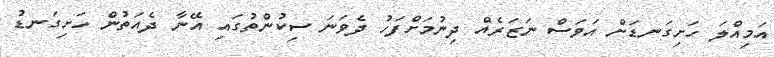
އަމިއްލަ ހަށިގަނޑަށް އަވަސް ނަޒަރެއް ދިނުމަށްފަހު ދެވަނަ ސިކުންތުގައި އޭނާ ދެއަތުން ހަށިގަނޑު